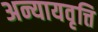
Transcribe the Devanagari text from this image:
अन्यायवृत्ति